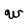
Character: W